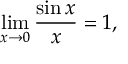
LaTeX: \operatorname* { l i m } _ { x \rightarrow 0 } { \frac { \sin x } { x } } = 1 ,